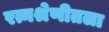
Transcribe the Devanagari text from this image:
रत्नश्रेणीतला